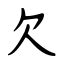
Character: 欠